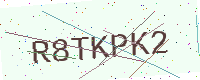
Text: R8TKPK2